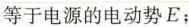
等于电源的电动势E；